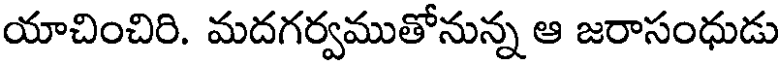
యాచించిరి. మదగర్వముతోనున్న ఆ జరాసంధుడు